Report on vaccination in Madras 1904-1921 - 1904-1921
Year: 1904
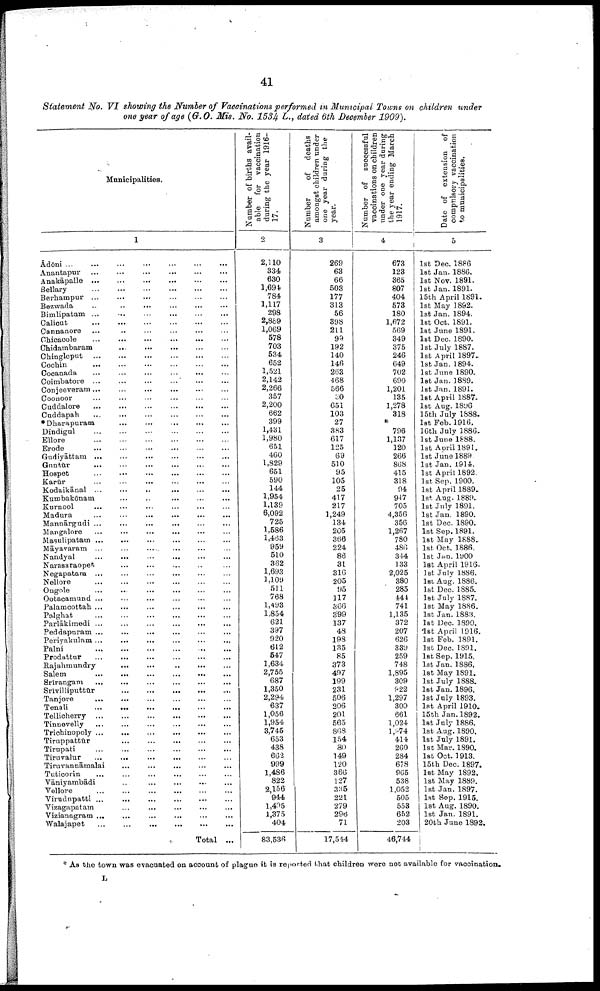
41
Statement No. VI showing the Number of Vaccinations performed in Municipal Towns on children under
one year of age (G.O. Mis. No. 1534 L., dated 6th December 1909).
Municipalities.
1
Ádōni
...
...
...
...
...
...
...
Anantapur
...
...
...
...
...
...
Anakāpalle ... ... ... ... ... ...
Bellary ... ... ... ... ... ...
Berhampur
...
...
...
...
...
...
Bezwada ... ... ... ... ... ...
Bimlipatam
...
...
...
...
...
...
Calicut
...
...
...
...
...
...
Cannanore ... ... ... ... ... ...
Chicacole
...
...
...
...
...
...
Chidambaram
...
...
...
...
...
...
Chingleput ... ... ... ... ... ...
Cochin
...
...
...
...
...
...
Cocanada
...
...
...
...
...
...
Coimbatore ... ... ... ... ... ...
Conjeeveram
...
...
...
...
...
...
Coonoor
...
...
...
...
...
...
Cuddalore
...
...
...
...
...
...
Cuddapah
...
...
...
...
...
...
*Dharapuram ... ... ... ... ...
Dindigul
...
...
...
...
...
...
Ellore
...
...
...
...
...
...
Erode
...
...
...
...
...
...
Gudiyāttam
...
...
...
...
...
...
Guntūr
...
...
...
...
...
...
Hospet
...
...
...
...
...
...
Karūr
...
...
...
...
...
...
Kodaikānal
...
...
...
...
...
...
Kumbakōnam
...
...
...
...
...
...
Kurnool
...
...
...
...
...
...
Madura
...
...
...
...
...
...
Mannārgudi ... ... ... ... ... ...
Mangalore
...
...
...
...
...
...
Masulipatam ... ... ... ... ... ...
Māyavaram ... ... ... ... ... ...
Nandyal
...
...
...
...
...
...
Narasaraopet ... ... ... ... ... ...
Negapatam ... ... ... ... ... ...
Nellore
...
...
...
...
...
...
Ongole
...
...
...
...
...
...
Ootacamund
...
...
...
...
...
...
Palamcottah ... ... ... ... ... ...
Palghat ... ... ... ... ... ...
Parlākimedi ... ... ... ... ... ...
Peddapuram ... ... ... ... ... ...
Periyakulam...
...
...
...
...
...
Palni
...
...
...
...
...
...
Prodattur
...
...
...
...
...
...
Rajahmundry ... ... ... ... ...
Salem
...
...
...
...
...
...
Srirangam
...
...
...
...
...
...
Srivilliputtūr ... ... ... ... ... ...
Tanjore
...
...
...
...
...
...
Tenali
...
...
...
...
...
...
Teilicherry ... ... ... ... ... ...
Tinnevelly
...
...
...
...
...
...
Trichinopoly
...
...
...
...
...
...
Tiruppattūr
...
...
...
...
...
...
Tirupati
...
...
...
...
...
...
Tiruvalur
...
...
...
...
...
...
Tiruvannāmalai
...
...
...
...
...
...
Tuticorin
...
...
...
...
...
...
Vāniyambādi ... ... ... ... ... ...
Vellove
...
...
...
...
...
...
Virudupatti ... ... ... ... ... ...
Vizagapatam ... ... ... ... ... ...
Vizianagram
...
...
...
...
...
...
Walajapet ... ... ... ... ... ...
Total ...
Number of births avail
able for vaccination
during the year 1916-
17.
2
2,110
334
630
1,694
784
1,117
298
2,889
1,069
578
703
534
652
1,521
2,142
2,266
357
2,200
662
399
1,431
1,980
651
460
1,829
651
590
144
1,954
1,139
6,092
725
1,586
1,463
959
510
362
1,693
1,109
511
768
1,493
1,854
621
397
920
612
547
1,634
2,755
687
1,350
2,294
637
1,056
1,954
3,745
653
438
662
999
1,486
822
2,156
944
1,495
1,375
404
83,536
Number
of deaths
amongst children under
one year during the
year.
3
269
63
66
503
177
313
56
398
211
99
192
140
146
263
468
566
30
651
103
27
383
617
125
69
510
95
105
25
417
217
1,249
134
205
366
224
86
31
316
205
95
117
366
399
137
48
198
135
85
373
497
199
231
506
206
201
565
868
154
80
149
120
366
127
335
221
279
296
71
17,544
Number of successful
vaccinations on children
under one year during
the year ending March
1917.
4
673
123
365
807
404
573
180
1,672
569
349
375
246
649
702
690
1,201
135
1,278
318
*
796
1,137
120
266
868
415
318
94
947
705
4,356
356
1,267
780
486
344
133
2,025
380
285
444
741
1,135
372
207
626
339
259
748
1,895
309
922
1,297
300
661
1,024
1,974
414
260
284
678
965
538
1,052
505
553
652
203
46,744
Date of extension of
compulsory vaccination
to municipalities.
5
1st Dec. 1886
1st Jan. 1886.
1st Nov. 1891.
1st Jan. 1891.
15th April 1891.
1st May 1892.
1st Jan. 1894.
1st Oct. 1891.
1st June 1891.
1st Dec. 1890.
1st July 1887.
1st April 1897.
1st Jan. 1894.
1st June 1890.
1st Jan. 1889.
1st Jan. 1891.
1st April 1887.
1st Aug. 1896
15th July 1888.
1st Feb. 1916.
16th July 1886.
1st June 1888.
1st April 1891.
1st June 1889.
1st Jan. 1914.
1st April 1892.
1st Sep. 1900.
1st April 1889.
1st Aug. 1889.
1st July 1891.
1st Jan. 1890.
1st Dec. 1890.
1st Sep. 1891.
1st May 1888.
1st Oct. 1886.
1st Jan. 1900
1st April 1916.
1st July 1886.
1st Aug. 1886.
1st Dec. 1885.
1st July 1887.
1st May 1886.
1st Jan. 1883.
1st Dec. 1890.
1st April 1916.
1st Feb. 1891.
1st Dec. 1891.
1st Sep. 1915.
1st Jan. 1886.
1st May 1891.
1st July 1888.
1st Jan. 1896.
1st July 1893.
1st April 1910.
15th Jan. 1892.
1st July 1886.
1st Aug. 1890.
1st July 1891.
1st Mar. 1890.
1st Oct. 1913.
15th Dec. 1897.
1st May 1892.
1st May 1889.
1st Jan. 1897.
1st Sep. 1915.
1st Aug. 1890.
1st Jan. 1891.
20th June 1892.
* As the town was evacuated on account of plague it is reported that children were not available for vaccination.